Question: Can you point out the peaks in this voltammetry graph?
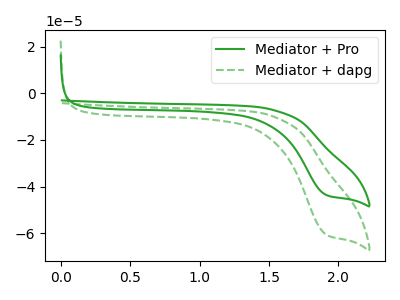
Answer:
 <answer>The green curve "Mediator + Pro" has a cathodic peak at: (1.90V, -43.50uA). The green dashed curve "Mediator + dapg" has a cathodic peak at: (1.90V, -60.50uA).</answer>
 <eval></eval>